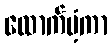
ထောက်ပံ့ကာ